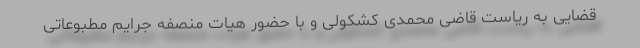
قضایی به ریاست قاضی محمدی کشکولی و با حضور هیات منصفه جرایم مطبوعاتی